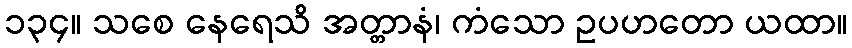
၁၃၄။ သစေ နေရေသိ အတ္တာနံ၊ ကံသော ဥပဟတော ယထာ။